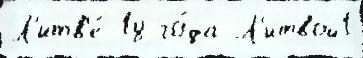
Л'итв'е́ 18 го́да Л'итвой1